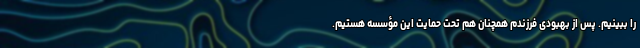
را ببینیم. پس از بهبودی فرزندم همچنان هم تحت حمایت‌ این مؤسسه هستیم.